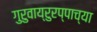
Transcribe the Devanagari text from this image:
गुरुवाय्रुरप्पाच्या